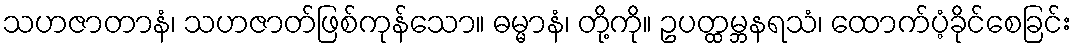
သဟဇာတာနံ၊ သဟဇာတ်ဖြစ်ကုန်သော။ ဓမ္မာနံ၊ တို့ကို။ ဥပတ္ထမ္ဘနရသံ၊ ထောက်ပံ့ခိုင်စေခြင်း